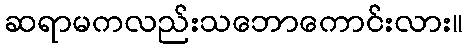
ဆရာမကလည်းသဘောကောင်းလား။